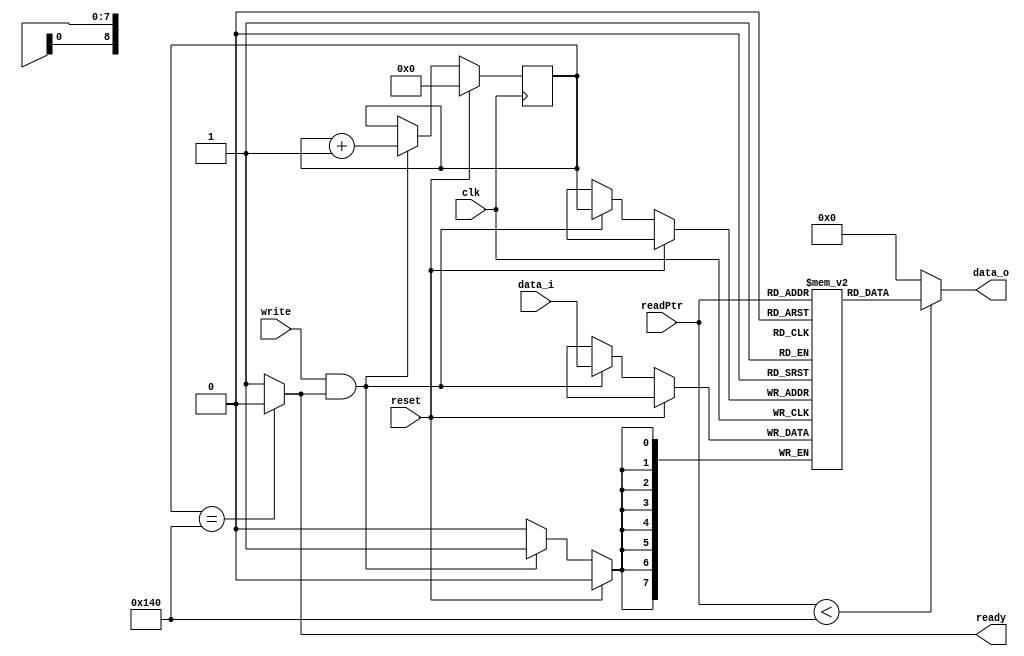
// Block FIFO Verilog Module


// The Block FIFO has an output signal to signal when full. When full the module
// does not accept writes to memory, but allows for reads. The FIFO only becomes
// empty when it is reset.

module blockfifo #(
    parameter len = 320,
    parameter wid = 8,
parameter addrWid = 9
)
(
    input clk, reset, write, 
    output reg ready,

    input [(wid-1):0] data_i,
    input [(addrWid-1):0] readPtr,
    output reg [(wid-1):0] data_o
);

    reg [(addrWid-1):0] writePtr;

    reg [(wid-1):0] ram [0:(len-1)];

    // Combinational
    always @(*) begin
	
	// Determine if buffer is full
	if (writePtr == len)
	    ready = 'b0;
	else
	    ready = 1'b1;
	
	if (readPtr < len)
	    data_o = ram[readPtr];
	else
	    data_o = 'b0;

    end

    // Sequential logic
    always @(posedge clk) begin
	if (reset)
	    writePtr <= 'b0;
	else begin
	    if (write & ready) begin
		ram[writePtr] <= data_i;
		writePtr <= writePtr + 1'b1;
	    end
	end
    end

endmodule